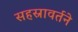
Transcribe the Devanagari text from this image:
सहस्रावर्तने